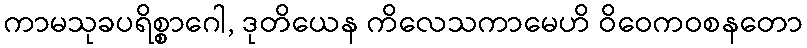
ကာမသုခပရိစ္စာဂေါ, ဒုတိယေန ကိလေသကာမေဟိ ဝိဝေကဝစနတော